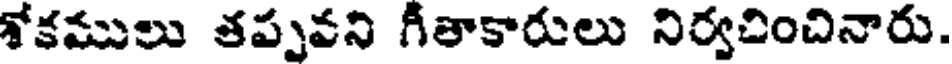
శోకములు తప్పవని గీతాకారులు నిర్వచించినారు.